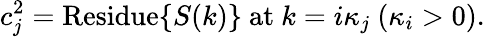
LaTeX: c_{j}^{2}=\mathrm{Residue}\{ S(k)\} \mathrm{~at~}k=i\kappa_{j}~(\kappa_{i}>0).